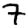
Digit: 7